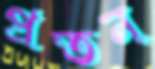
প্রতন্